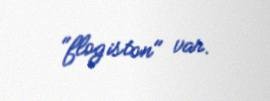
"flogiston" var.